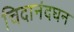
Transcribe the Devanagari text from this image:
चिदानंदघन